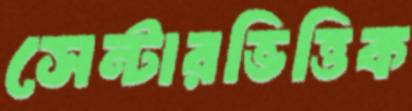
সেন্টারভিত্তিক